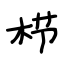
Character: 栉